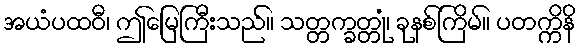
အယံပထဝီ၊ ဤမြေကြီးသည်။ သတ္တက္ခတ္တုံ၊ ခုနစ်ကြိမ်။ ပတက္ကိနိ